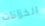
الخزانات